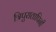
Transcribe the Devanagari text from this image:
त्रिपुरातापिनी